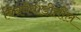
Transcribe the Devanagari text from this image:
बिबवेवाडीतील